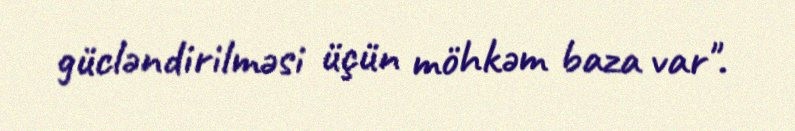
gücləndirilməsi üçün möhkəm baza var".